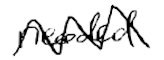
Text: needed
Cross-out: zig-zag
Writing tool: digital_black